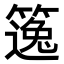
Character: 𥳿